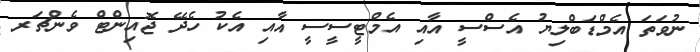
ނުވަތަ އެމްޑަބްލިޔު އެސްސީ އާއި އެމްޓީސީސީ އާއި އެކު ހެދޭ ޖޮއިންޓް ވެންޗަރ